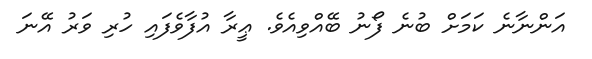
އަންނާނެ ކަމަށް ބުނެ ފޯނު ބޭއްވިއެވެ. ޢީރާ އުފާވެފައި ހުރި ވަރު އޭނަ